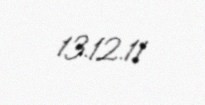
13.12.11